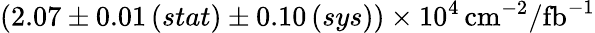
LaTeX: (2.07\pm 0.01\, (stat)\pm 0.10\, (sys))\times 10^{4}\, \mathrm{{cm}^{-2}/\mathrm{{fb}^{-1}}}